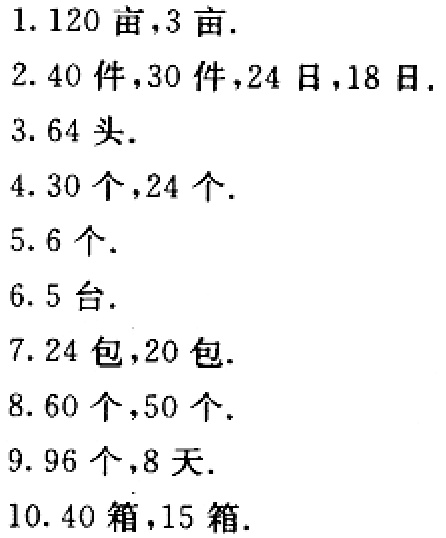
1. $120$亩,$3$亩.

2. $40$件,$30$件,$24$日,$18$日.

3. $64$头.

4. $30$个,$24$个.

5. $6$个.

6. $5$台.

7. $24$包,$20$包.

8. $60$个,$50$个.

9. $96$个,$8$天.

10. $40$箱,$15$箱.